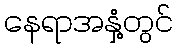
နေရာအနှံ့တွင်